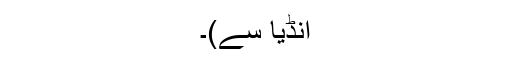
انڈیا سے)۔